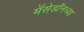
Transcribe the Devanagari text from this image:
मॅसेडॉनच्या